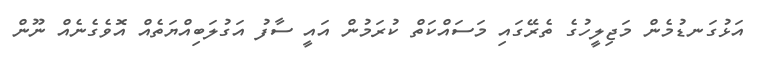
އަޅުގަނޑުމެން މަޖިލީހުގެ ތެރޭގައި މަސައްކަތް ކުރަމުން އައީ ސާފު އަގުލަބިއްޔަތެއް އޮވެގެނެއް ނޫން